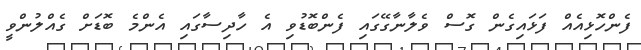
ފެންހޮޅިއެއް ފަޅައިގެން ގޮސް ވެލާނާގޭގައި ފެންބޮޑުވި އެ ހާދިސާގައި އެންމެ ބޮޑަށް ގެއްލުންވީ